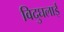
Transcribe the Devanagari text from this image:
विदुघलाई